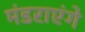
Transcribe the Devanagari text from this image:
मंडराएंगे